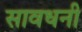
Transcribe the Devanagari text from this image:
सावधनी